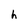
Character: h